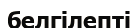
белгілепті